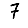
Digit: 7